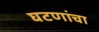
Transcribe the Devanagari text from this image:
घटणांचा